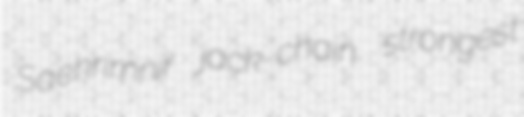
Saehrimnir jack-chain strongest